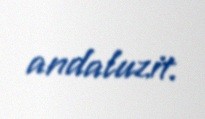
andaluzit.